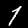
Label: 1